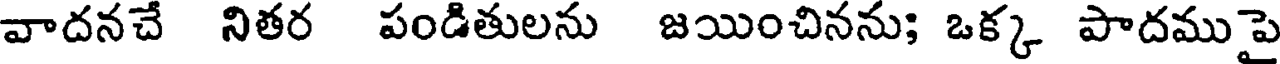
వాదనచే నితర పండితులను జయించినను; ఒక్క పాదముపై